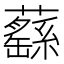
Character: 蘨